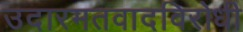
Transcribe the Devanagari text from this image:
उदारमतवादविरोधी